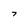
Character: 7